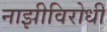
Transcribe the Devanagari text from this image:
नाझीविरोधी